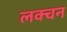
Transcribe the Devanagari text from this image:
लक्चन